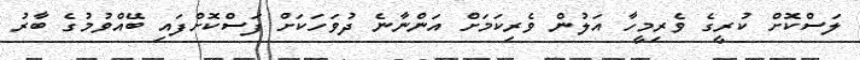
ލަސްކޮށް ކުރީގެ ވެރިމީހާ އަލުން ވެރިކަމަށް އަންނާނެ ދުވަހަކަށް ފަސްކޮށްފައި ބޭއްވުމުގެ ބާރު